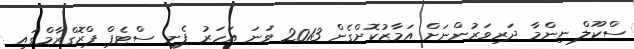
ސްކޫލް ނިންމާ ދަރިވަރުންނަށް އަމާޒުކޮށްގެން 2013 ވަނަ އަހަރު ފެށި ސްޓެޕް ޕްރޮގްރާމްގައި